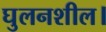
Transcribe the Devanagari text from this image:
घुलनशील।